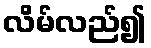
လိမ်လည်၍